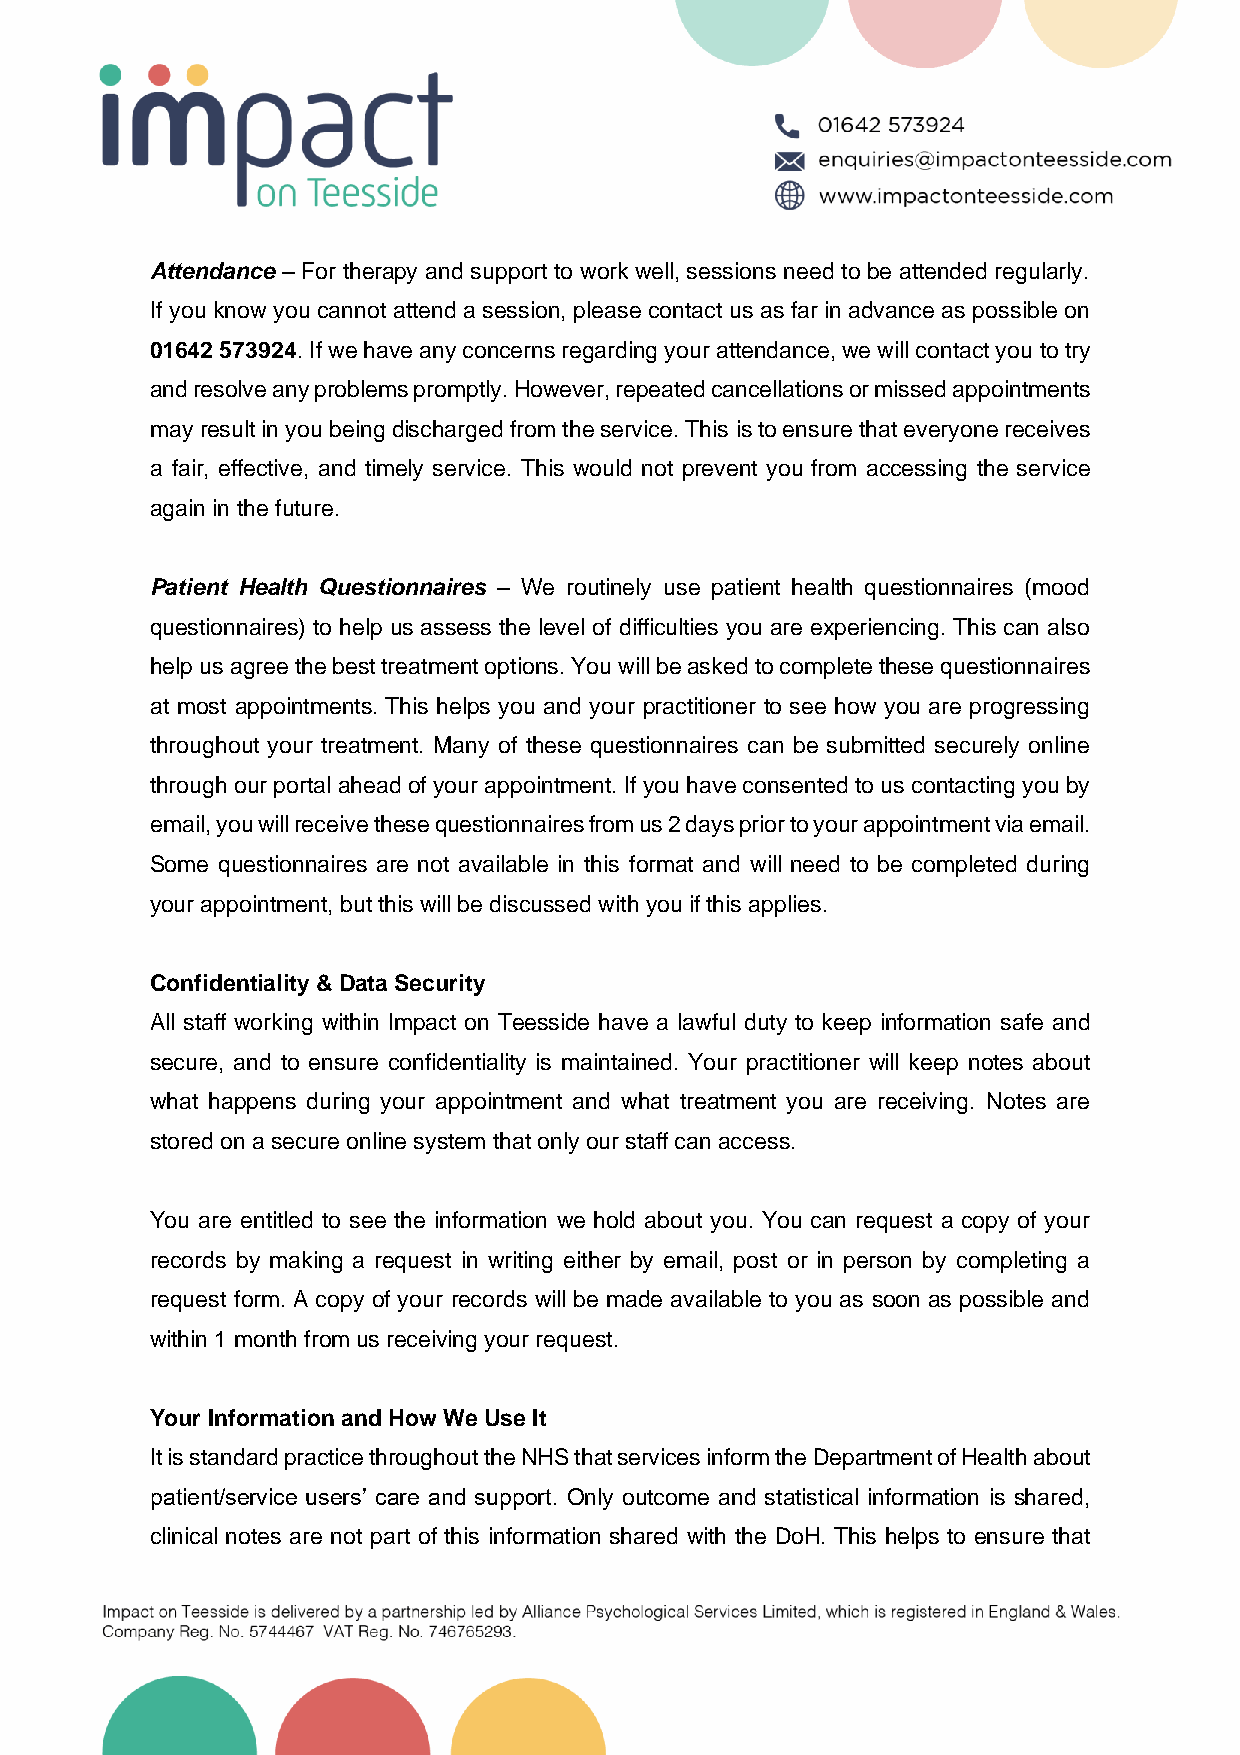
Attendance – For therapy and support to work well, sessions need to be attended regularly.
 If you know you cannot attend a session, please contact us as far in advance as possible on
 01642 573924. If we have any concerns regarding your attendance, we will contact you to try
 and resolve any problems promptly. However, repeated cancellations or missed appointments
 may result in you being discharged from the service. This is to ensure that everyone receives
 a fair, effective, and timely service. This would not prevent you from accessing the service
 again in the future.
 Patient Health Questionnaires – We routinely use patient health questionnaires (mood
 questionnaires) to help us assess the level of difficulties you are experiencing. This can also
 help us agree the best treatment options. You will be asked to complete these questionnaires
 at most appointments. This helps you and your practitioner to see how you are progressing
 throughout your treatment. Many of these questionnaires can be submitted securely online
 through our portal ahead of your appointment. If you have consented to us contacting you by
 email, you will receive these questionnaires from us 2 days prior to your appointment via email.
 Some questionnaires are not available in this format and will need to be completed during
 your appointment, but this will be discussed with you if this applies.
 Confidentiality & Data Security
 All staff working within Impact on Teesside have a lawful duty to keep information safe and
 secure, and to ensure confidentiality is maintained. Your practitioner will keep notes about
 what happens during your appointment and what treatment you are receiving. Notes are
 stored on a secure online system that only our staff can access.
 You are entitled to see the information we hold about you. You can request a copy of your
 records by making a request in writing either by email, post or in person by completing a
 request form. A copy of your records will be made available to you as soon as possible and
 within 1 month from us receiving your request.
 Your Information and How We Use It
 It is standard practice throughout the NHS that services inform the Department of Health about
 patient/service users’ care and support. Only outcome and statistical information is shared,
 clinical notes are not part of this information shared with the DoH. This helps to ensure that